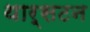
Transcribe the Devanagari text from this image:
थार्सटन